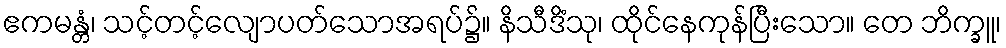
ဧကမန္တံ၊ သင့်တင့်လျောပတ်သောအရပ်၌။ နိသီဒိံသု၊ ထိုင်နေကုန်ပြီးသော။ တေ ဘိက္ခူ၊